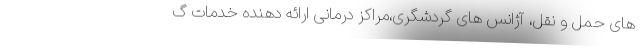
های حمل و نقل، آژانس های گردشگری،مراکز درمانی ارائه دهنده خدمات گ